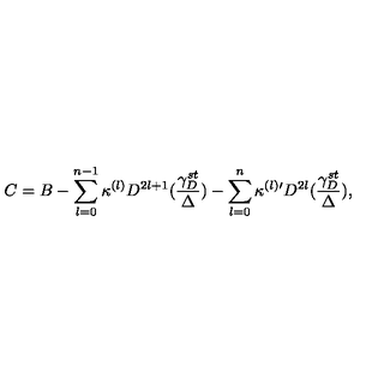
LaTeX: C = B - \sum _ { l = 0 } ^ { n - 1 } \kappa ^ { ( l ) } D ^ { 2 l + 1 } ( \frac { \gamma _ { D } ^ { s t } } { \Delta } ) - \sum _ { l = 0 } ^ { n } \kappa ^ { ( l ) \prime } D ^ { 2 l } ( \frac { \gamma _ { D } ^ { s t } } { \Delta } ) ,